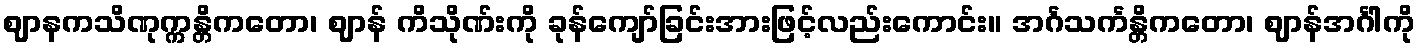
ဈာနကသိဏုက္ကန္တိကတော၊ ဈာန် ကိသိုဏ်းကို ခုန်ကျော်ခြင်းအားဖြင့်လည်းကောင်း။ အင်္ဂသင်္ကန္တိကတော၊ ဈာန်အင်္ဂါကို